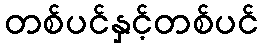
တစ်ပင်နှင့်တစ်ပင်